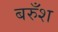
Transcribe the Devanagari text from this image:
बरुँश